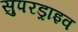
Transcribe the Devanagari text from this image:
सुपरड्राइव